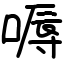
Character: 嗕